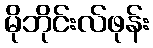
မိုဘိုင်းလ်ဖုန်း